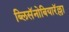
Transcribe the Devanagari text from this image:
ब्लिसॅनोबियारॅल्ला